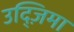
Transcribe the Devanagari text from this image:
उद्ज़िमा